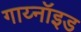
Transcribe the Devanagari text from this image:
गाय्नॉइड